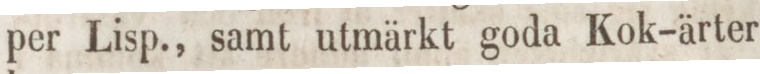
per Lisp., samt utmärkt goda Kok-ärter